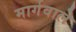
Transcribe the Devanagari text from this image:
मार्गवाले